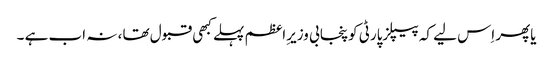
یاپھر اِس لیے کہ پیپلزپارٹی کوپنجابی وزیرِاعظم پہلے کبھی قبول تھا ، نہ اب ہے ۔